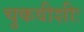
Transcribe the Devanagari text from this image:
चुकवीशीः